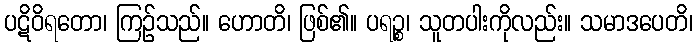
ပဋိဝိရတော၊ ကြဉ်သည်။ ဟောတိ၊ ဖြစ်၏။ ပရဉ္စ၊ သူတပါးကိုလည်း။ သမာဒပေတိ၊